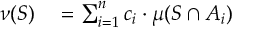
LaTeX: \begin{array} { r l } { \nu ( S ) } & { { } = \sum _ { i = 1 } ^ { n } c _ { i } \cdot \mu ( S \cap A _ { i } ) } \end{array}